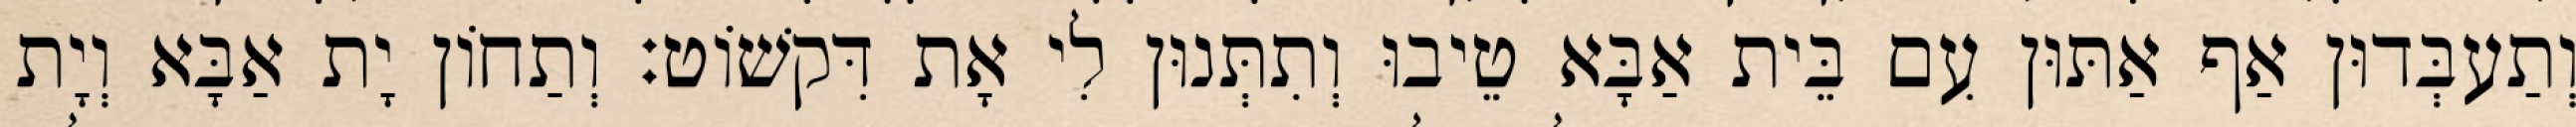
וְתַעבְּדוּן אַף אַתּוּן עִם בֵּית אַבָּא טֵיבוּ וְתִתְּנוּן לִי אָת דִּקשׁוֹט׃ וְתַחוֹן יָת אַבָּא וְיָת